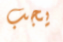
يجب